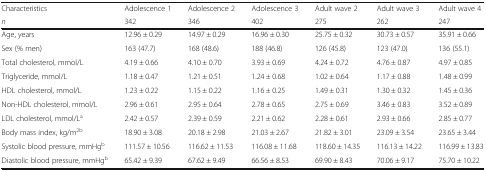
<table><thead><tr><td><b>Characteristics</b></td><td><b>Adolescence 1</b></td><td><b>Adolescence 2</b></td><td><b>Adolescence 3</b></td><td><b>Adult wave 2</b></td><td><b>Adult wave 3</b></td><td><b>Adult wave 4</b></td></tr><tr><td><b><i>n</i></b></td><td><b>342</b></td><td><b>346</b></td><td><b>402</b></td><td><b>275</b></td><td><b>262</b></td><td><b>247</b></td></tr></thead><tbody><tr><td>Age, years</td><td>12.96 ± 0.29</td><td>14.97 ± 0.29</td><td>16.96 ± 0.30</td><td>25.75 ± 0.32</td><td>30.73 ± 0.57</td><td>35.91 ± 0.66</td></tr><tr><td>Sex (% men)</td><td>163 (47.7)</td><td>168 (48.6)</td><td>188 (46.8)</td><td>126 (45.8)</td><td>123 (47.0)</td><td>136 (55.1)</td></tr><tr><td>Total cholesterol, mmol/L</td><td>4.19 ± 0.66</td><td>4.10 ± 0.70</td><td>3.93 ± 0.69</td><td>4.24 ± 0.72</td><td>4.76 ± 0.87</td><td>4.97 ± 0.85</td></tr><tr><td>Triglyceride, mmol/L</td><td>1.18 ± 0.47</td><td>1.21 ± 0.51</td><td>1.24 ± 0.68</td><td>1.02 ± 0.64</td><td>1.17 ± 0.88</td><td>1.48 ± 0.99</td></tr><tr><td>HDL cholesterol, mmol/L</td><td>1.23 ± 0.22</td><td>1.15 ± 0.22</td><td>1.16 ± 0.25</td><td>1.49 ± 0.31</td><td>1.30 ± 0.32</td><td>1.45 ± 0.36</td></tr><tr><td>Non-HDL cholesterol, mmol/L</td><td>2.96 ± 0.61</td><td>2.95 ± 0.64</td><td>2.78 ± 0.65</td><td>2.75 ± 0.69</td><td>3.46 ± 0.83</td><td>3.52 ± 0.89</td></tr><tr><td>LDL cholesterol, mmol/L<sup>a</sup></td><td>2.42 ± 0.57</td><td>2.39 ± 0.59</td><td>2.21 ± 0.62</td><td>2.28 ± 0.61</td><td>2.93 ± 0.66</td><td>2.85 ± 0.77</td></tr><tr><td>Body mass index, kg/m<sup>2b</sup></td><td>18.90 ± 3.08</td><td>20.18 ± 2.98</td><td>21.03 ± 2.67</td><td>21.82 ± 3.01</td><td>23.09 ± 3.54</td><td>23.65 ± 3.44</td></tr><tr><td>Systolic blood pressure, mmHg<sup>b</sup></td><td>111.57 ± 10.56</td><td>116.62 ± 11.53</td><td>116.08 ± 11.68</td><td>118.60 ± 14.35</td><td>116.13 ± 14.22</td><td>116.99 ± 13.83</td></tr><tr><td>Diastolic blood pressure, mmHg<sup>b</sup></td><td>65.42 ± 9.39</td><td>67.62 ± 9.49</td><td>66.56 ± 8.53</td><td>69.90 ± 8.43</td><td>70.06 ± 9.17</td><td>75.70 ± 10.22</td></tr></tbody></table>